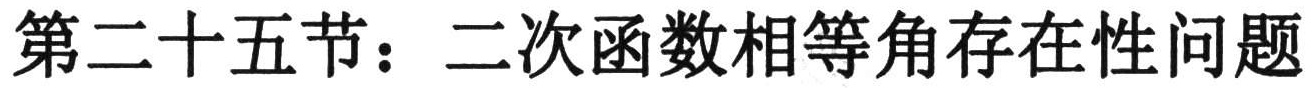
第二十五节：二次函数相等角存在性问题